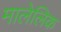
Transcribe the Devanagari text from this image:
मालेलिक